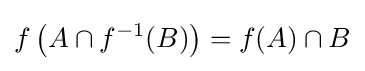
f\left(A\cap f^{-1}(B)\right)=f(A)\cap B